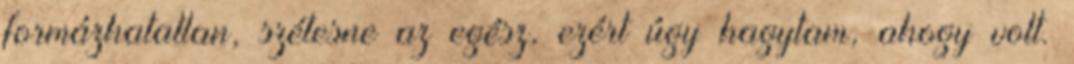
formáz­hatatlan, szétesne az egész, ezért úgy hagytam, ahogy volt.